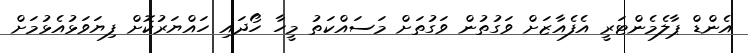
އެންޑް ޕާލެމެންޓަރީ އެފެއާޒަށް ވަގުތުން ވަގުތަށް މަސައްކަތު މީހާ ހޯދައި ހައްޔަރުކޮށް ފިޔަވަޅުއެޅުމަށް